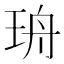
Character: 珘